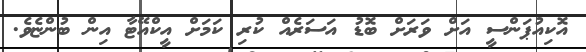
އޮކިއުޕަންސީ އަށް ވަރަށް ބޮޑު އަސަރެއް ކުރި ކަމަށް އީކްއޭޓާ އިން ބުންޏެވެ.